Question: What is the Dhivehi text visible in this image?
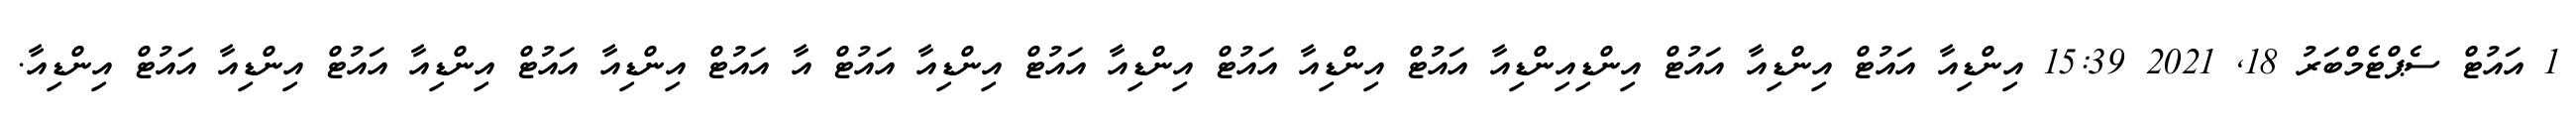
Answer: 1 އައުޓް ސެޕްޓެމްބަރު 18, 2021 15:39 އިންޑިއާ އައުޓް އިންޑިއާ އައުޓް އިންޑިއިންޑިއާ އައުޓް އިންޑިއާ އައުޓް އިންޑިއާ އައުޓް އިންޑިއާ އައުޓް އާ އައުޓް އިންޑިއާ އައުޓް އިންޑިއާ އައުޓް އިންޑިއާ އައުޓް އިންޑިއާ.